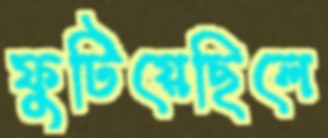
ফুটিয়েছিলে